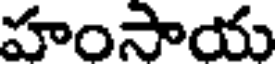
హంసాయ